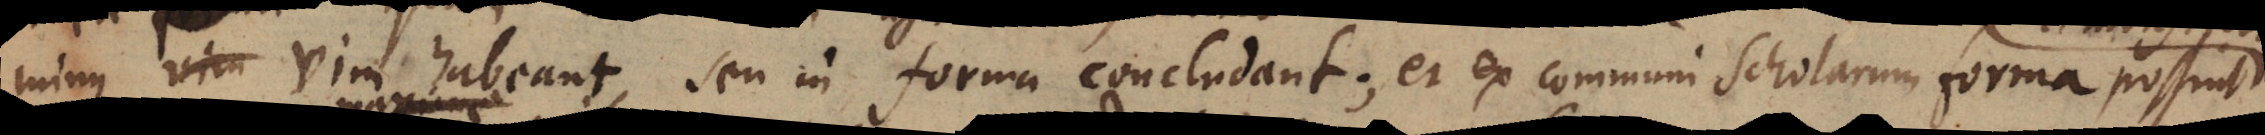
minus vica vim habeant, seu in forma concludant; et ex communi scholarum forma possint